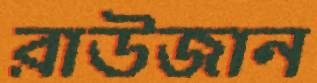
রাউজান